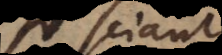
si sciant